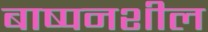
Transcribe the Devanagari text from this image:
बाष्पनशील